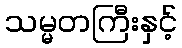
သမ္မတကြီးနှင့်